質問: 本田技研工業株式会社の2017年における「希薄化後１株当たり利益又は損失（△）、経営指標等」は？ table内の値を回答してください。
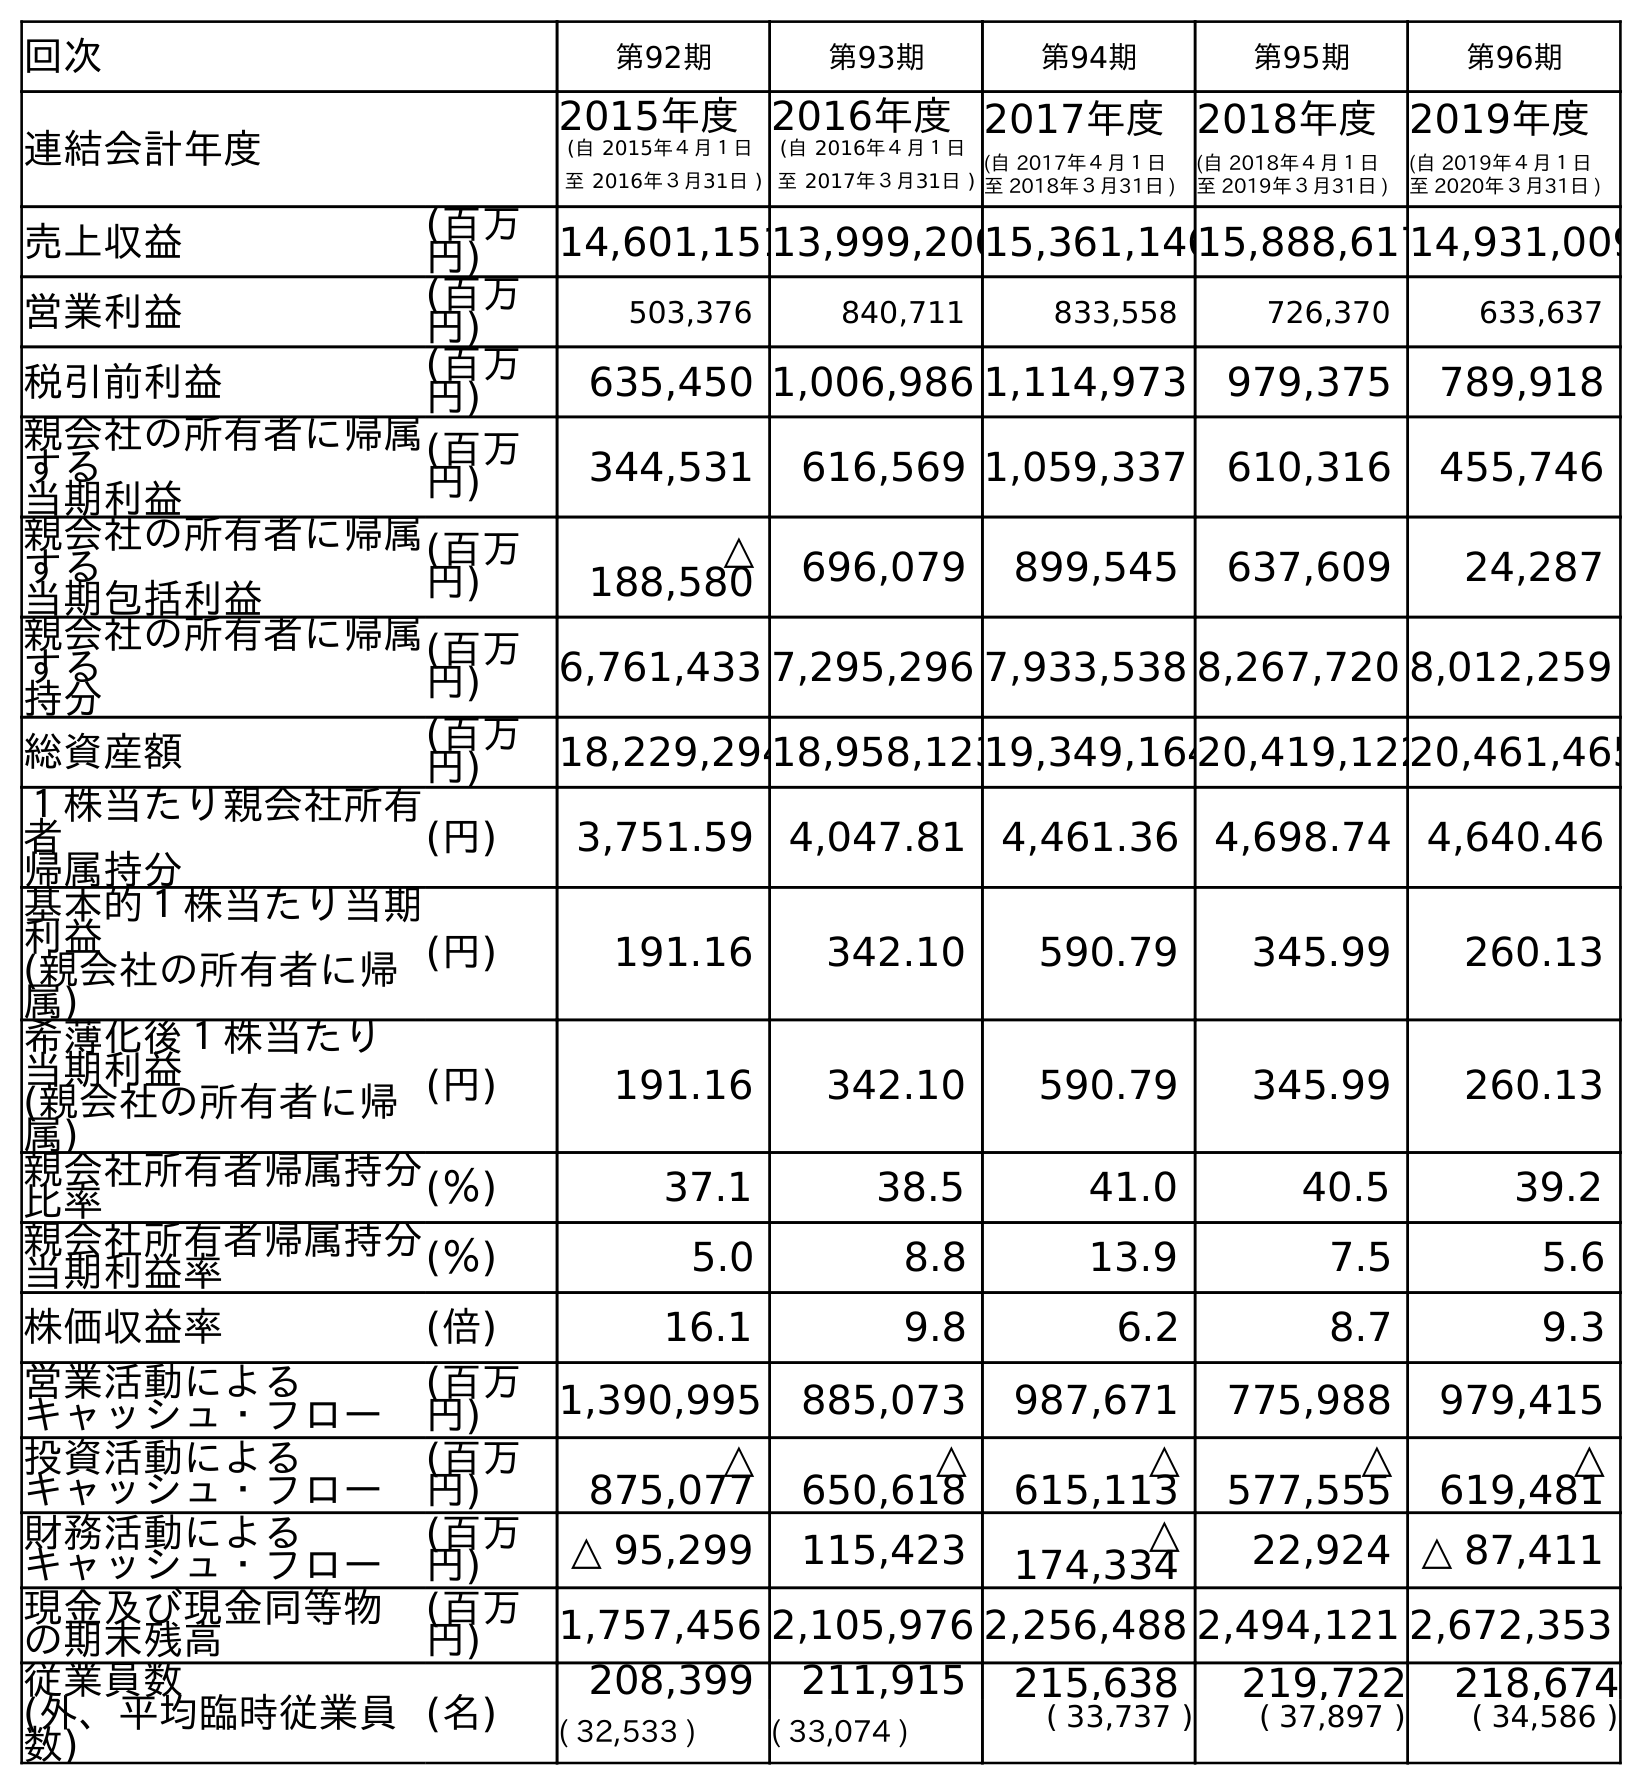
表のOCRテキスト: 回次 第92期 第93期 第94期 第95期 第96期 連結会計年度 2015年度 (自 2015年４月１日 至 2016年３月31日 ) 2016年度 (自 2016年４月１日 至 2017年３月31日 ) 2017年度 (自 2017年４月１日 至 2018年３月31日 ) 2018年度 (自 2018年４月１日 至 2019年３月31日 ) 2019年度 (自 2019年４月１日 至 2020年３月31日 ) 売上収益 (百万 円) 14,601,15113,999,20015,361,14615,888,61714,931,009 営業利益 (百万 円) 503,376 840,711 833,558 726,370 633,637 税引前利益 (百万 円) 635,450 1,006,986 1,114,973 979,375 789,918 親会社の所有者に帰属 する 当期利益 (百万 円) 344,531 616,569 1,059,337 610,316 455,746 親会社の所有者に帰属 する 当期包括利益 (百万 円) △ 188,580 696,079 899,545 637,609 24,287 親会社の所有者に帰属 する 持分 (百万 円) 6,761,433 7,295,296 7,933,538 8,267,720 8,012,259 総資産額 (百万 円) 18,229,29418,958,12319,349,16420,419,12220,461,465 １株当たり親会社所有 者 帰属持分 (円) 3,751.59 4,047.81 4,461.36 4,698.74 4,640.46 基本的１株当たり当期 利益 (親会社の所有者に帰 属) (円) 191.16 342.10 590.79 345.99 260.13 希薄化後１株当たり 当期利益 (親会社の所有者に帰 属) (円) 191.16 342.10 590.79 345.99 260.13 親会社所有者帰属持分 比率 (％) 37.1 38.5 41.0 40.5 39.2 親会社所有者帰属持分 当期利益率 (％) 5.0 8.8 13.9 7.5 5.6 株価収益率 (倍) 16.1 9.8 6.2 8.7 9.3 営業活動による キャッシュ・フロー (百万 円) 1,390,995 885,073 987,671 775,988 979,415 投資活動による キャッシュ・フロー (百万 円) △ 875,077 △ 650,618 △ 615,113 △ 577,555 △ 619,481 財務活動による キャッシュ・フロー (百万 円) △ 95,299 115,423 △ 174,334 22,924 △ 87,411 現金及び現金同等物 の期末残高 (百万 円) 1,757,456 2,105,976 2,256,488 2,494,121 2,672,353 従業員数 (外、平均臨時従業員 数) (名) 208,399 211,915 215,638 219,722 218,674 ( 32,533 ) ( 33,074 ) ( 33,737 ) ( 37,897 ) ( 34,586 )
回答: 342.10